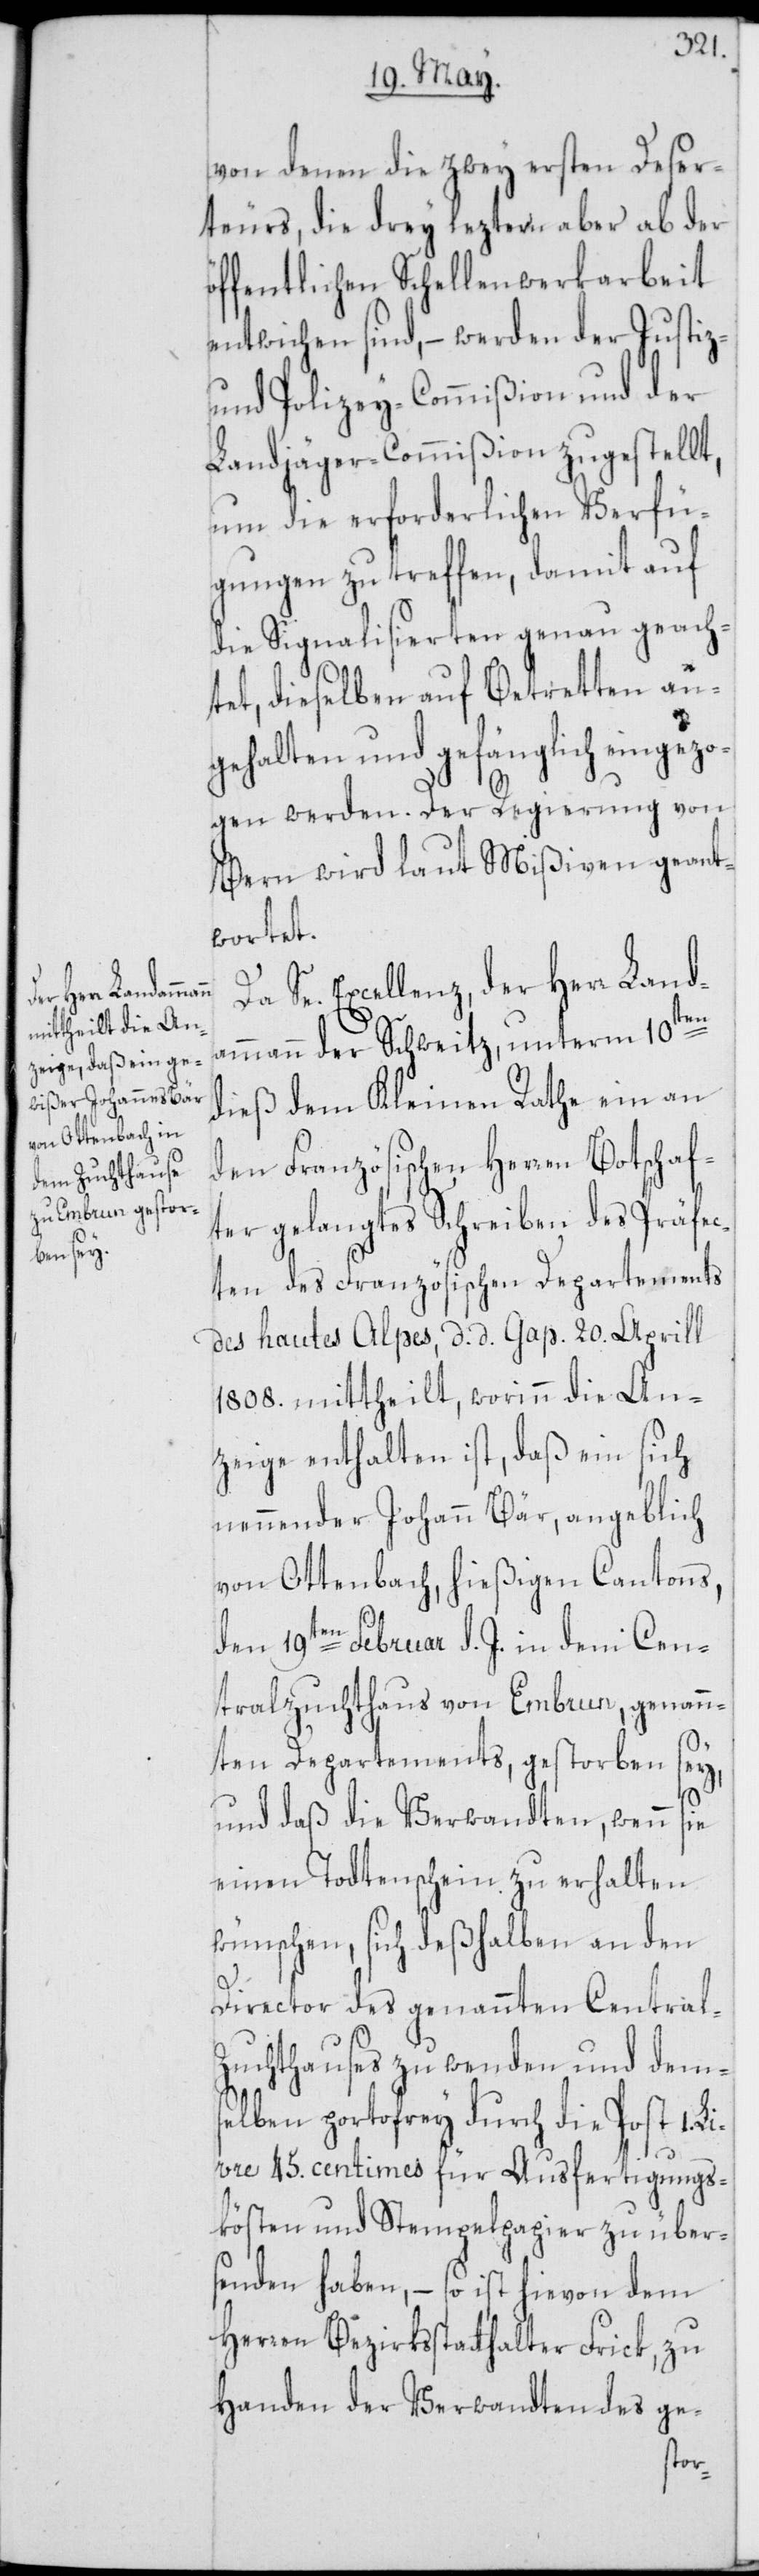
von denen die zwey ersten Deser¬
teurs, die drey leztern aber ab der
öffentlichen Schellenwerkarbeit
entwichen sind, – werden der Justiz-
und Polizey-Commißion und der
Landjäger-Commißion zugestellt,
um die erforderlichen Verfü¬
gungen zu treffen, damit auf
die Signalisierten genau geach¬
tet, dieselben auf Betretten an¬
gehalten und gefänglich eingezo¬
gen werden. Der Regierung von
Bern wird laut Mißiven geant¬
wortet.
Da Se. Excellenz, der Herr Landa¬
mmann der Schweitz, unterm 10ten
dieß dem Kleinen Rathe ein an
den Französischen Herren Botschaf¬
ter gelangtes Schreiben des Präfec¬
ten des Französischen Departements
des hautes Alpes, d. d. Gap. 20. Aprill
1808. mittheilt, worinn die An¬
zeige enthalten ist, daß ein sich
nennender Johann Bär, angeblich
von Ottenbach, hießigen Cantons,
den 19ten Februar d. J. in dem Cen¬
tralzuchthaus von Embrun, genann¬
ten Departements, gestorben sey,
und daß die Verwandten, wenn sie
einen Todtenschein zu erhalten
wünschen, sich deßhalben an den
Director des genannten Central-Z¬
uchthauses zu wenden und dem¬
selben portofrey durch die Post 1.
Livre 45. centimes für Ausfertigungs¬
kösten und Stempelpapier zu über¬
senden haben, – so ist hievon dem
Herren Bezirksstatthalter Frick, zu
Handen der Verwandten des ge-